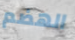
الهضم